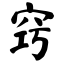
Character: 窍